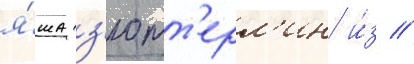
я́ша з'ютт'ерл'ин и́з //